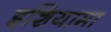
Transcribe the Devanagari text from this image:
इशियामा